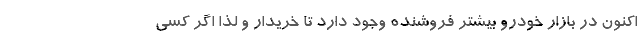
اکنون در بازار خودرو بیشتر فروشنده وجود دارد تا خریدار و لذا اگر کسی